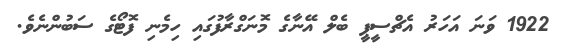
1922 ވަނަ އަހަރު އެޗްސީޕީ ބެލް އޭނާގެ މޮނަގްރާފުގައި ހިމެނި ފޮޓޯގެ ސަބުންނެވެ.